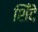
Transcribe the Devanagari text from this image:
शिँदे